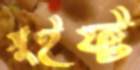
সুইফ্ট